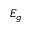
E _ { g }